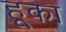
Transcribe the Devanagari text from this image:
हूका